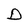
Character: D